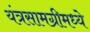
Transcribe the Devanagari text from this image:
यंत्रसामग्रीमध्ये